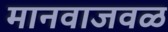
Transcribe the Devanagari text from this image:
मानवाजवळ